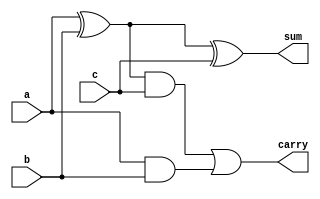
`timescale 1ns / 1ps

//Implementaion of FULL ADDER by using Behavioral Modelling
module full_adder(
    input a,
    input b,
    input c,
    output reg sum,carry
    );
    always@(*)
    begin
sum=a^b^c;
   carry=(a^b)&c|a&b;
   end
endmodule